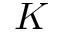
K